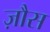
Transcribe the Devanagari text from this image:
ज़ौस